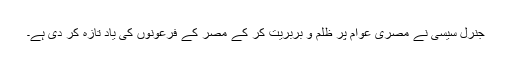
جنرل سیسی نے مصری عوام پر ظلم و بربریت کر کے مصر کے فرعونوں کی یاد تازہ کر دی ہے۔